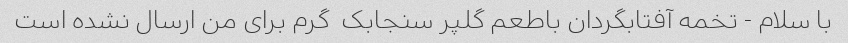
با سلام - تخمه آفتابگردان باطعم گلپر سنجابک  گرم برای من ارسال نشده است